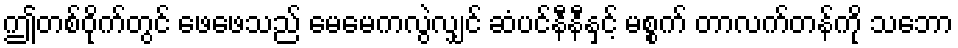
ဤတစ်ဝိုက်တွင် ဖေဖေသည် မေမေကလွဲလျှင် ဆံပင်နီနီနှင့် မစ္စက် တာလက်တန်ကို သဘော